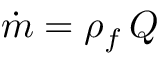
\begin{array} { r } { \dot { m } = \rho _ { f } \, Q } \end{array}